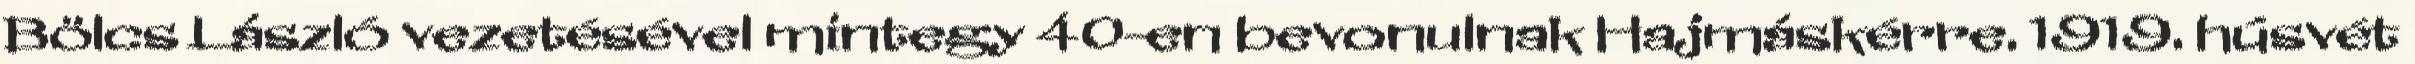
Bölcs László vezetésével mintegy 40-en bevonulnak Hajmáskérre. 1919. húsvét